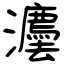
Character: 灋